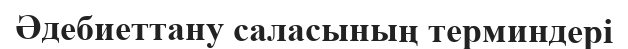
Әдебиеттану саласының терминдері